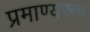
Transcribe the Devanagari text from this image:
प्रमाण्यरूप